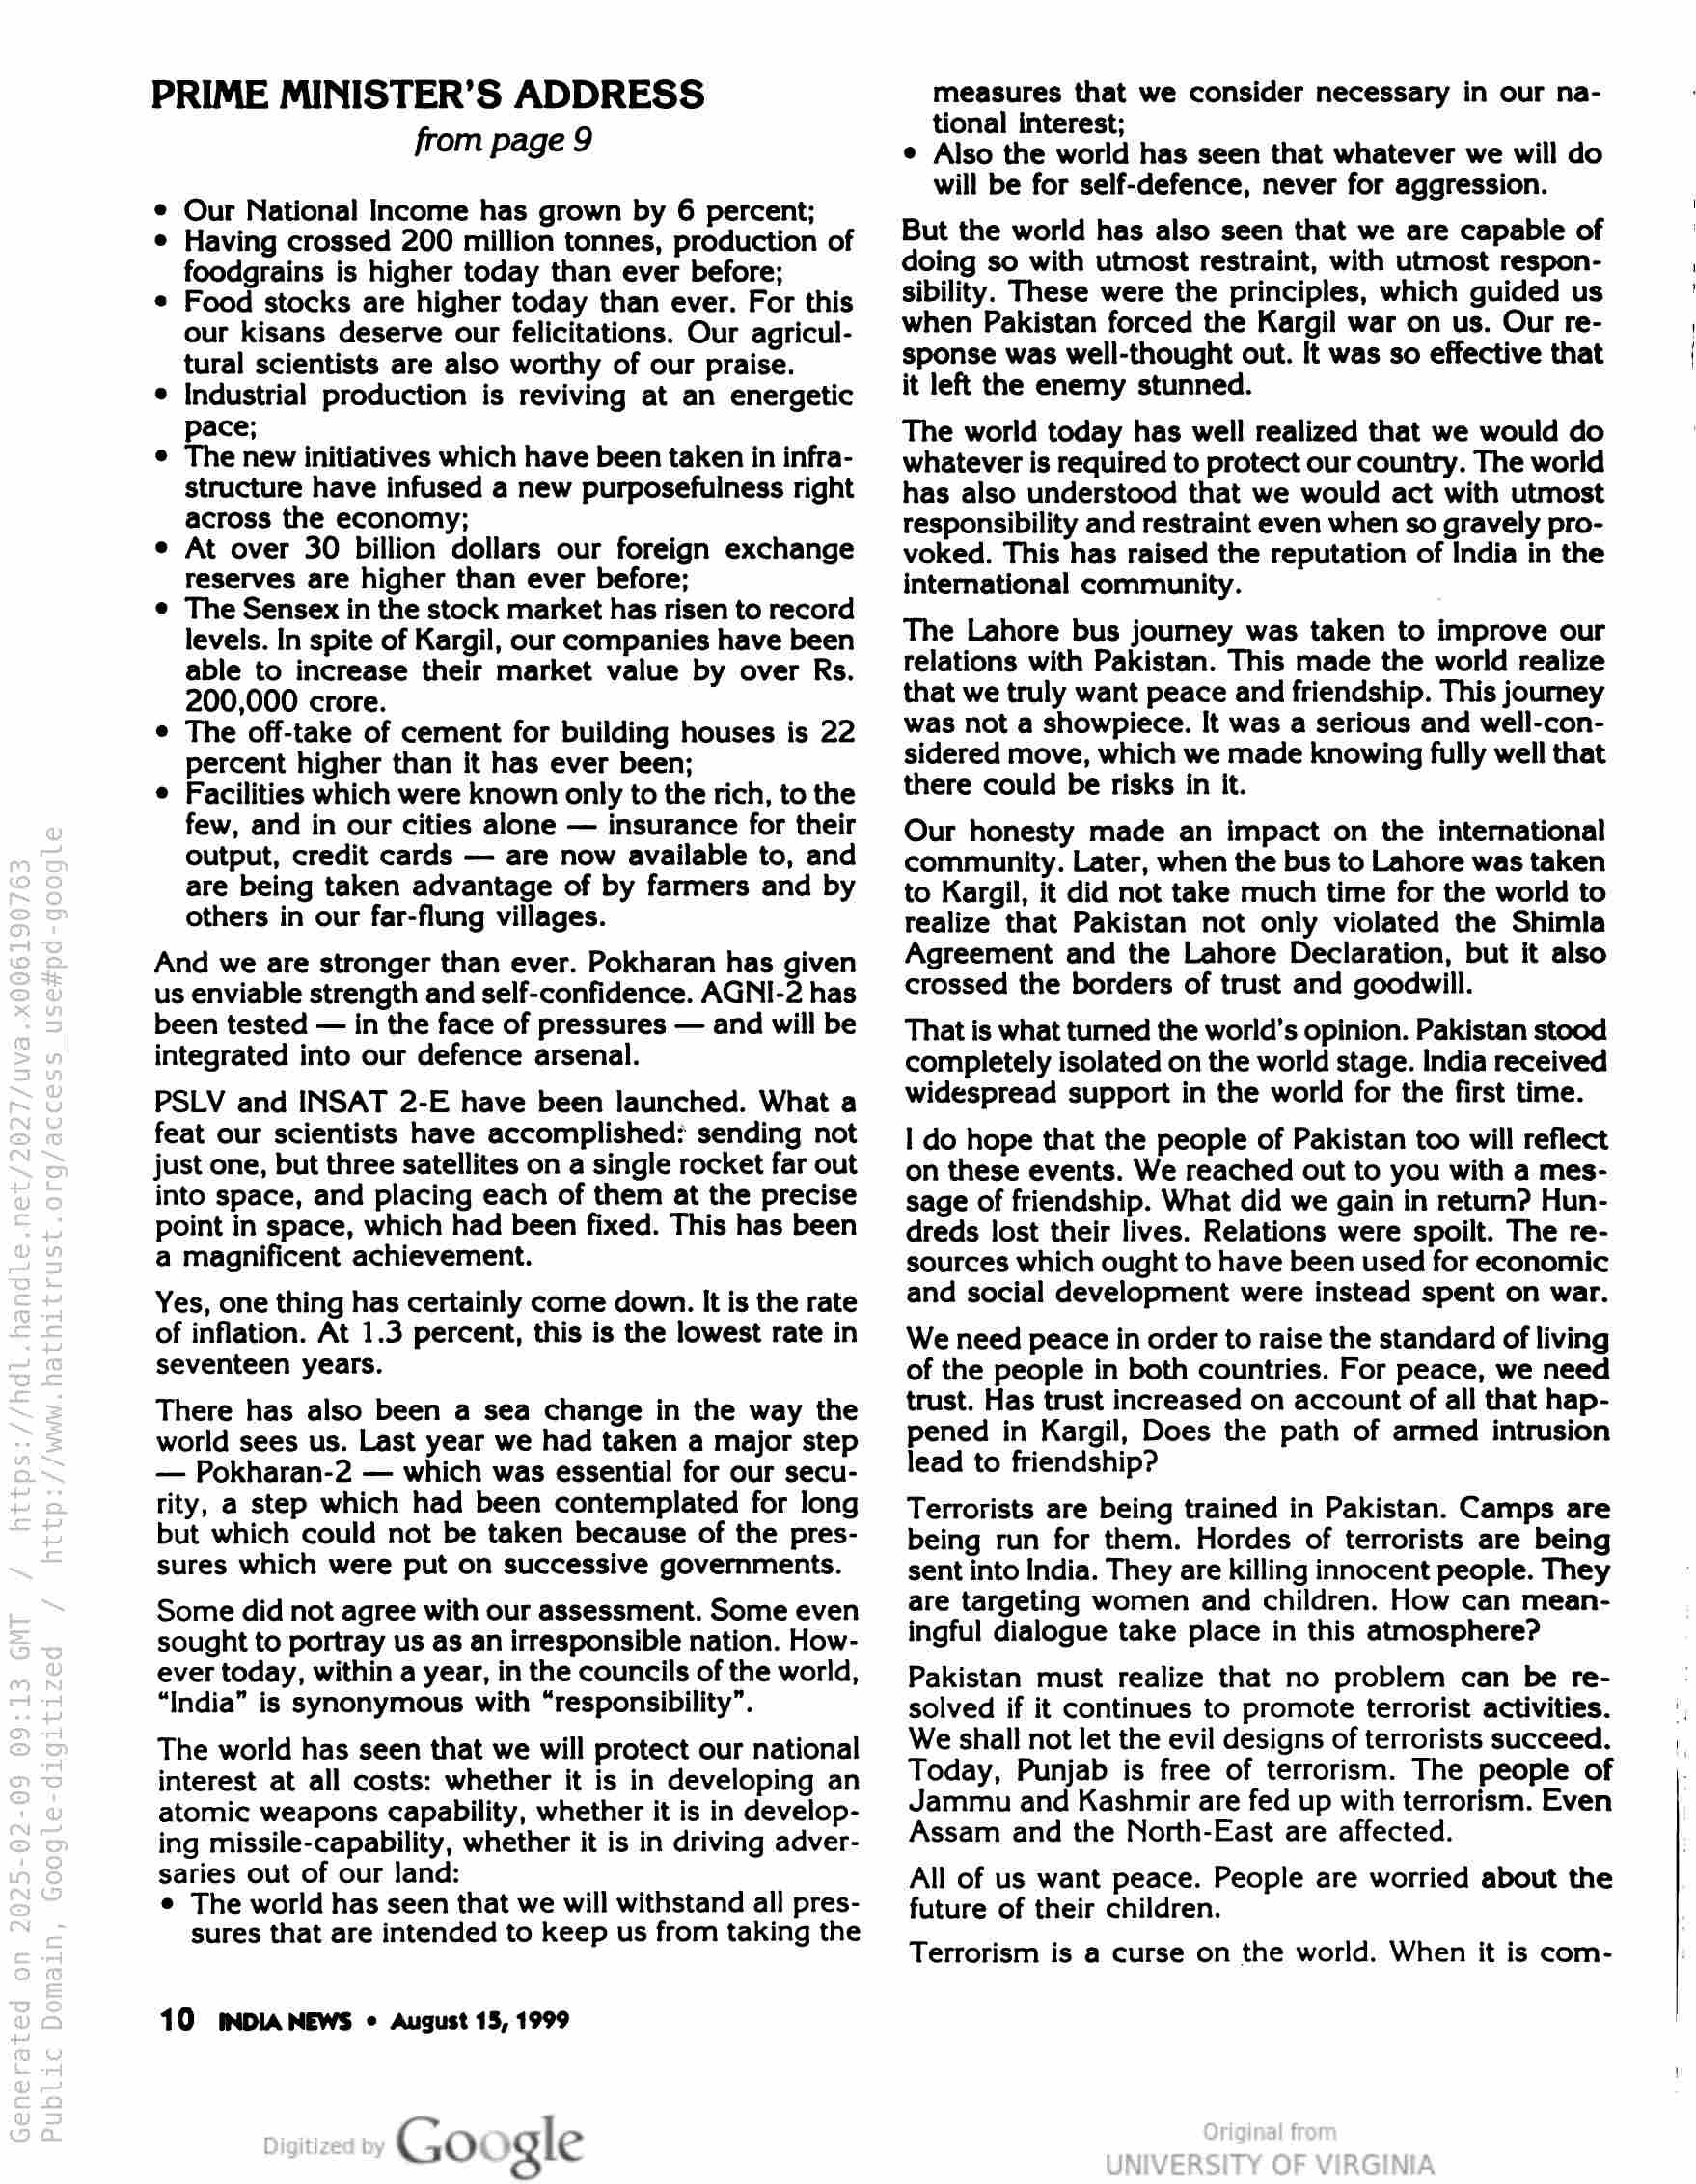
PRIME MINISTER’S ADDRESS
from page 9

¢ Our National Income has grown by 6 percent;

Having crossed 200 million tonnes, production of

foodgrains is higher today than ever before;

© Food stocks are higher today than ever. For this

our kisans deserve our felicitations. Our agricul-

tural scientists are also worthy of our praise.

Industrial production is reviving at an energetic

pace;

© The new initiatives which have been taken in infra-

structure have infused a new purposefulness right

across the economy;

At over 30 billion dollars our foreign exchange

reserves are higher than ever before;

© The Sensex in the stock market has risen to record
levels. In spite of Kargil, our companies have been
able to increase their market value by over Rs.
200,000 crore.

e The off-take of cement for building houses is 22

percent higher than it has ever been;

Facilities which were known only to the rich, to the

few, and in our cities alone — insurance for their

output, credit cards — are now available to, and

are being taken advantage of by farmers and by

others in our far-flung villages.

And we are stronger than ever. Pokharan has given
us enviable strength and self-confidence. AGNI-2 has
been tested — in the face of pressures — and will be
integrated into our defence arsenal.

PSLV and INSAT 2-E have been launched. What a
feat our scientists have accomplished: sending not
just one, but three satellites on a single rocket far out
into space, and placing each of them at the precise
point in space, which had been fixed. This has been
a magnificent achievement.

Yes, one thing has certainly come down. It is the rate
of inflation. At 1.3 percent, this is the lowest rate in
seventeen years.

There has also been a sea change in the way the
world sees us. Last year we had taken a major step
— Pokharan-2 — which was essential for our secu-
rity, a step which had been contemplated for long
but which could not be taken because of the pres-
sures which were put on successive governments.

Some did not agree with our assessment. Some even
sought to portray us as an irresponsible nation. How-
ever today, within a year, in the councils of the world,
“India” is synonymous with “responsibility”.

The world has seen that we will protect our national

interest at all costs: whether it is in developing an

atomic weapons capability, whether it is in develop-

ing missile-capability, whether it is in driving adver-

saries out of our land:

¢ The world has seen that we will withstand all pres-
sures that are intended to keep us from taking the

10 INDIA NEWS « August 15, 1999

Google

measures that we consider necessary in our na-
tional interest;

¢ Also the world has seen that whatever we will do
will be for self-defence, never for aggression.

But the world has also seen that we are capable of
doing so with utmost restraint, with utmost respon-
sibility. These were the principles, which guided us
when Pakistan forced the Kargil war on us. Our re-
sponse was well-thought out. It was so effective that
it left the enemy stunned.

The world today has well realized that we would do
whatever is required to protect our country. The world
has also understood that we would act with utmost
responsibility and restraint even when so gravely pro-
voked. This has raised the reputation of India in the
international community.

The Lahore bus journey was taken to improve our
relations with Pakistan. This made the world realize
that we truly want peace and friendship. This journey
was not a showpiece. It was a serious and well-con-
sidered move, which we made knowing fully well that
there could be risks in it.

Our honesty made an impact on the international
community. Later, when the bus to Lahore was taken
to Kargil, it did not take much time for the world to
realize that Pakistan not only violated the Shimla
Agreement and the Lahore Declaration, but it also
crossed the borders of trust and goodwill.

That is what tured the world’s opinion. Pakistan stood
completely isolated on the world stage. India received
widespread support in the world for the first time.

I do hope that the people of Pakistan too will reflect
on these events. We reached out to you with a mes-
sage of friendship. What did we gain in return? Hun-
dreds lost their lives. Relations were spoilt. The re-
sources which ought to have been used for economic
and social development were instead spent on war.

We need peace in order to raise the standard of living
of the people in both countries. For peace, we need
trust. Has trust increased on account of all that hap-
pened in Kargil, Does the path of armed intrusion
lead to friendship?

Terrorists are being trained in Pakistan. Camps are
being run for them. Hordes of terrorists are being
sent into India. They are killing innocent people. They
are targeting women and children. How can mean-
ingful dialogue take place in this atmosphere?

Pakistan must realize that no problem can be re-
solved if it continues to promote terrorist activities.
We shall not let the evil designs of terrorists succeed.
Today, Punjab is free of terrorism. The people of
Jammu and Kashmir are fed up with terrorism. Even
Assam and the North-East are affected.

All of us want peace. People are worried about the
future of their children.

Terrorism is a curse on the world. When it is com-